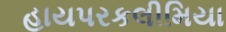
હાયપરકલીમિયા